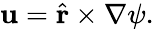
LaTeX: \mathbf{u}=\hat{\textbf{r}}\times\nabla\psi.